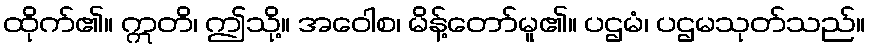
ထိုက်၏။ ဣတိ၊ ဤသို့။ အဝေါစ၊ မိန့်တော်မူ၏။ ပဌမံ၊ ပဌမသုတ်သည်။